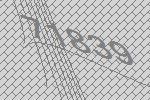
71839